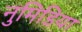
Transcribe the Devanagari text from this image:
नुमिडिया